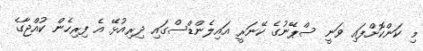
މި ކަންކޮށްފައި ވަނީ ސްޕޭނުގެ ކޭނަރީ އައިލެންޑްސްގައި ދިރިއުޅޭ އެ ފިރިހެން ކުއްޖާގެ